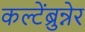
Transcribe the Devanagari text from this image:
कल्टेंब्रुन्नेर